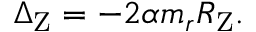
\Delta _ { \mathrm { Z } } = - 2 \alpha m _ { r } R _ { \mathrm { Z } } .